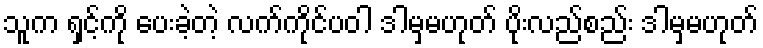
သူက ရှင့်ကို ပေးခဲ့တဲ့ လက်ကိုင်ပဝါ ဒါမှမဟုတ် ပိုးလည်စည်း ဒါမှမဟုတ်